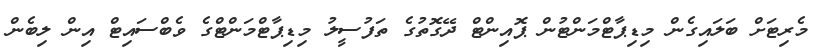
މެރިޓަށް ބަލައިގެން މިޑިޕާޓްމަންޓުން ޕޮއިންޓް ދޭގޮތުގެ ތަފުސީލު މިޑިޕާޓްމަންޓްގެ ވެބްސައިޓް އިން ލިބެން